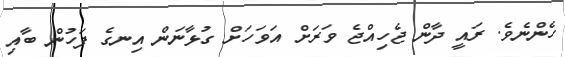
ހެންނެވެ. ރައީ ދާން ޖެހިއްޖެ ވަރަށް އަވަހަށް ގުޅާނަން އިނގެ ފަހުން ބާއި